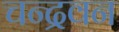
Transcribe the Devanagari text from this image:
चन्द्रवन